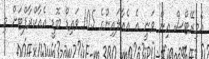
އެމިރޭޓްސް އިން ވަނީ އެ އެއާލައިންގެ 105 ވައިޑް ބޮޑީ އެއާކްރާފްޓަށް މި